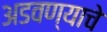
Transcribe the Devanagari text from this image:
अडवण्याचे